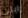
رايلي